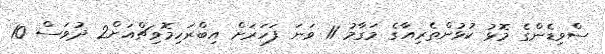
ސްވިޑެންގެ މޮޅު ކުޅުންތެރިއާގެ މަގާމު 11 ވަނަ ފަހަރަށް އިބްރަހިމޮވިޗްއަށް2 ދުވަސް 10